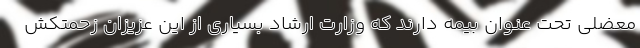
معضلی تحت عنوان بیمه دارند که وزارت ارشاد بسیاری از این عزیزان زحمتکش